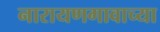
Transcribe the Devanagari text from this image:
नारायणगावाच्या